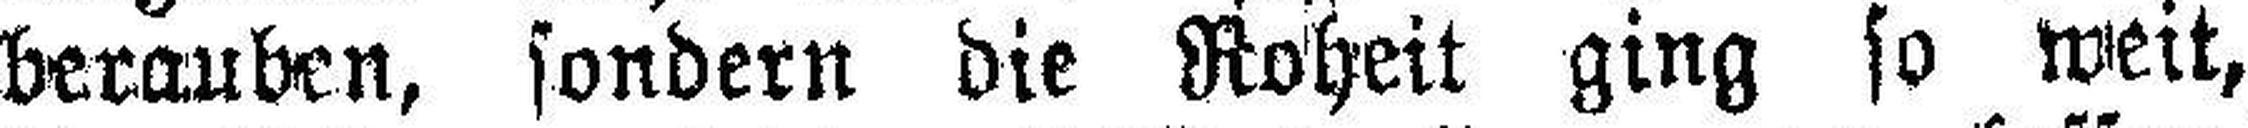
berauben, sondern die Roheit ging so weit,